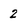
Character: 2